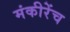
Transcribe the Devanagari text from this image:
मंकीरेंच